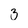
Character: 3